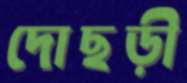
দোছড়ী